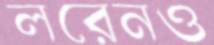
লরেনও